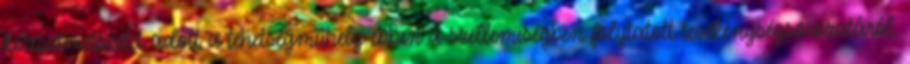
keresztmetszetet adott a tehetségműhely ebben a szellemiségben folytatott tevékenységsorozatáról.